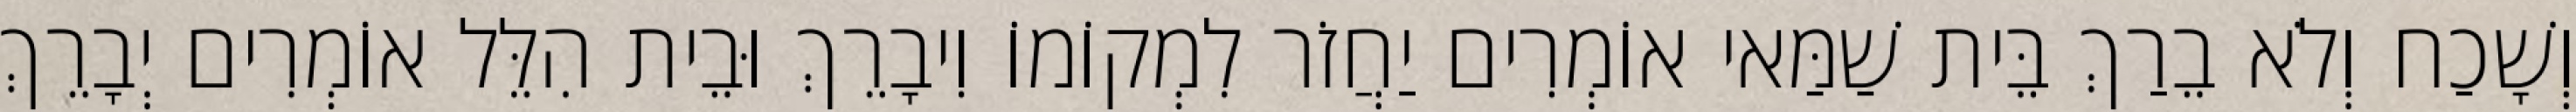
וְשָׁכַח וְלֹא בֵרַךְ בֵּית שַׁמַּאי אוֹמְרִים יַחֲזֹר לִמְקוֹמוֹ וִיבָרֵךְ וּבֵית הִלֵּל אוֹמְרִים יְבָרֵךְ